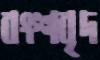
বংশবৃদ